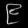
Digit: ၉